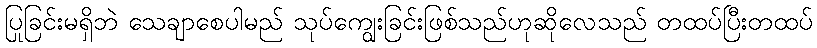
ပြုခြင်းမရှိဘဲ သေချာစေပါမည် သုပ်ကျွေးခြင်းဖြစ်သည်ဟုဆိုလေသည် တထပ်ပြီးတထပ်